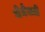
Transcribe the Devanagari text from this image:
मेनेक्मी